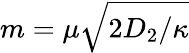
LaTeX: m=\mu\sqrt{2D_{2}/\kappa}